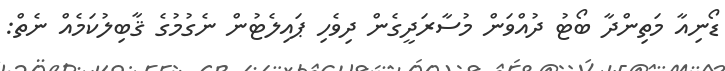
ޑޯނިއާ މަތިންދާ ބޯޓު ދުއްވަން މުސާރަދީގެން ދިވެހި ޕައިލެޓުން ނެގުމުގެ ޤާބިލުކަމެއް ނެތް: